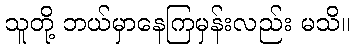
သူတို့ ဘယ်မှာနေကြမှန်းလည်း မသိ။